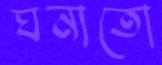
ঘনাতো